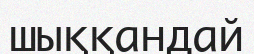
шыққандай